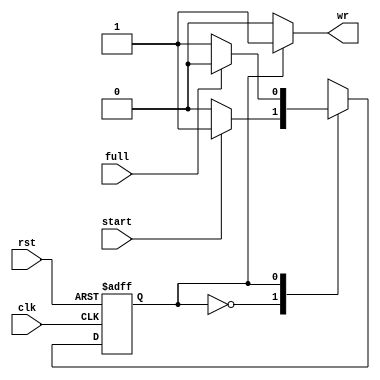
module input_handler(clk, rst, start, full, wr);
  
  input clk, rst, start, full;
  
  output wr;
  
  reg ps, ns;
  
  
  always @(posedge clk, posedge rst) begin
    if(rst)
      ps <= 0;
    else
      ps <= ns; 
  end
  
  always @(ps, start, full) begin
    case(ps)
      0: ns <= (start) ? 1 : 0;
      1: ns <= (full) ? 0 : 1;
    endcase
  end
  
  assign wr = (ps == 1) ? 1 : 0;

endmodule